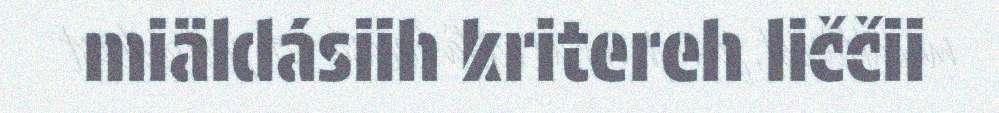
miäldásiih kritereh liččii